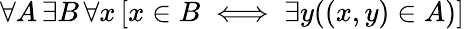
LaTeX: \forall A\, \exists B\, \forall x\, [x\in B\iff\exists y((x,y)\in A)]